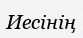
Иесінің